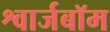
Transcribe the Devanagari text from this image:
श्वार्जबॉम